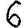
Digit: 6